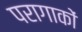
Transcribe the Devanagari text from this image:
परागाकों